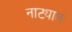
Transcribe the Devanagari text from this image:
नाट्यात